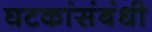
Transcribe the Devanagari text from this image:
घटकांसंबंधी